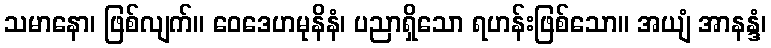
သမာနော၊ ဖြစ်လျက်။ ဝေဒေဟမုနိနံ၊ ပညာရှိသော ရဟန်းဖြစ်သော။ အယျံ အာနန္ဒံ၊